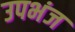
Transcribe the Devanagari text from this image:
उपभंज